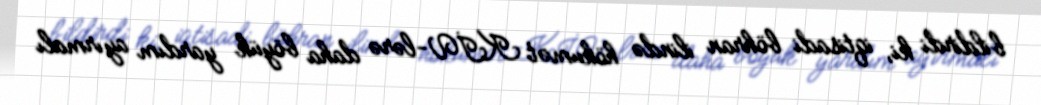
bildirdi ki, iqtisadi böhran ilində hökumət KİV-lərə daha böyük yardım ayırmalı